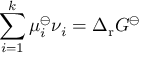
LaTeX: \sum _ { i = 1 } ^ { k } \mu _ { i } ^ { \ominus } \nu _ { i } = \Delta _ { \mathrm { r } } G ^ { \ominus }